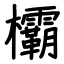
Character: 欛